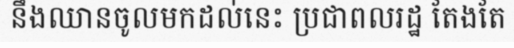
នឹងឈានចូលមកដល់នេះ ប្រជាពលរដ្ឋ តែងតែ